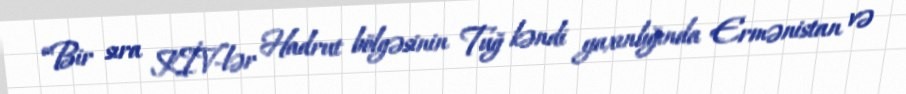
“Bir sıra KİV-lər Hadrut bölgəsinin Tuğ kəndi yaxınlığında Ermənistan və